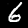
Label: 6